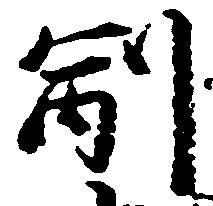
副